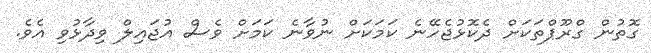
ގޮތުން ގްރޫޕްތަކަށް ދެކޮޅުޖެހޭނެ ކަމަކަށް ނުވާނެ ކަމަށް ވެސް އުޖައިލް ވިދާޅުވި އެވެ.